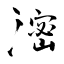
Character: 滵